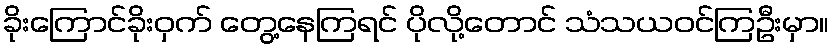
ခိုးကြောင်ခိုးဝှက် တွေ့နေကြရင် ပိုလို့တောင် သံသယဝင်ကြဦးမှာ။